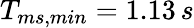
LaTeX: T_{ms,min}=1.13\, s